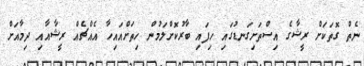
ނެތް ގޮތަކަށް ރީޝާގެ އިސްތަށިގަނޑުގައި ހިފައި ބާރުކޮށްލަަމުން ހިތަށްއައިހާ އެއްޗެއް ރީޝާއާއި ދިމާއަށް